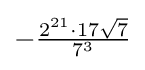
-{\tfrac {2^{21}\cdot 17{\sqrt {7}}}{7^{3}}}